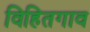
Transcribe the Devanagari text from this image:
विहितगाव